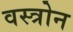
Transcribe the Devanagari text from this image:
वस्त्रोन